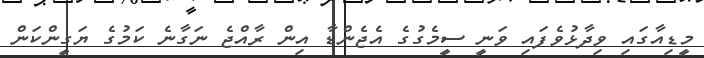
މީޑިއާގައި ވިދާޅުވެފައި ވަނީ ސީމެގުގެ އެޖެންޑާ އިން ރާއްޖެ ނަގާނެ ކަމުގެ ޔަގީންކަން